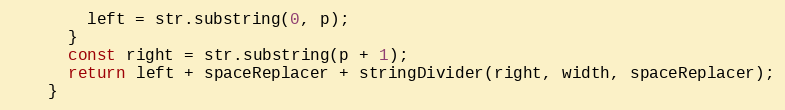
Language: JavaScript
        left = str.substring(0, p);
      }
      const right = str.substring(p + 1);
      return left + spaceReplacer + stringDivider(right, width, spaceReplacer);
    }